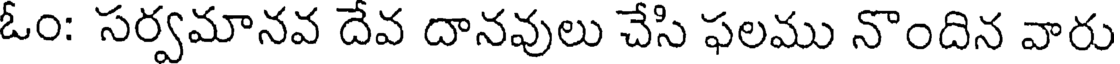
ఓం: సర్వమానవ దేవ దానవులు చేసి ఫలము నొందిన వారు